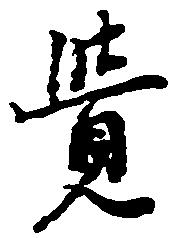
覚